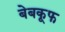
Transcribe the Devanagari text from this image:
बेबकूफ